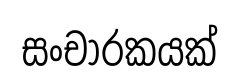
සංචාරකයක්